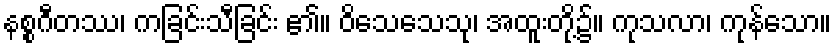
နစ္စဂီတဿ၊ ကခြင်းသီခြင်း ၏။ ဝိသေသေသု၊ အထူးတို့၌။ ကုသလာ၊ ကုန်သော။